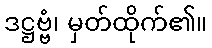
ဒဋ္ဌဗ္ဗံ၊ မှတ်ထိုက်၏။